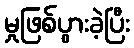
မှုဖြစ်ပွားခဲ့ပြီး